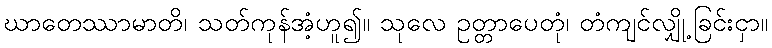
ဃာတေဿာမာတိ၊ သတ်ကုန်အံ့ဟူ၍။ သုလေ ဥတ္တာပေတုံ၊ တံကျင်လျှို့ခြင်းငှာ။